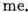
me.